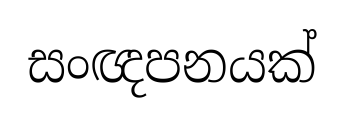
සංඥපනයක්